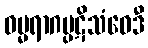
ဓမ္မရာဂပ္ပဋိသံဝေဒီ